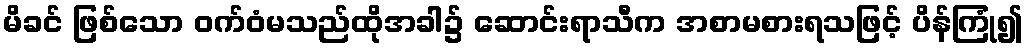
မိခင် ဖြစ်သော ဝက်ဝံမသည်ထိုအခါ၌ ဆောင်းရာသီက အစာမစားရသဖြင့် ပိန်ကြုံ၍